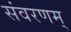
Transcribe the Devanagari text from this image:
संवरणम्